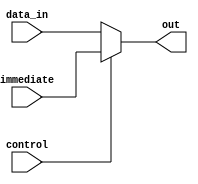
module imm_mux(immediate, control, data_in, out);

input [15:0] immediate;
input control;
input [15:0] data_in;
output reg [15:0] out;



//always @(control, immediate) begin
//	if(control) begin
//		out = immediate;
//	end
//	else begin
//		out = data_in; // do nothing
//	end
		
		always @(*) begin
		
			out = control ? immediate : data_in;
			
			
		
		

end
endmodule